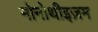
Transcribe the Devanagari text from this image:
मोनोथीइज़म